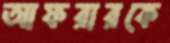
আফরারকে